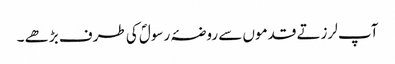
آپ لرزتے قدموں سے روضۂ رسولؐ کی طرف بڑھے ۔